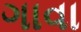
ગાવા